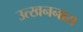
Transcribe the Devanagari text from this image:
उत्खननास